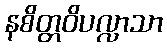
နစိတ္တဝိပလ္လာသာ